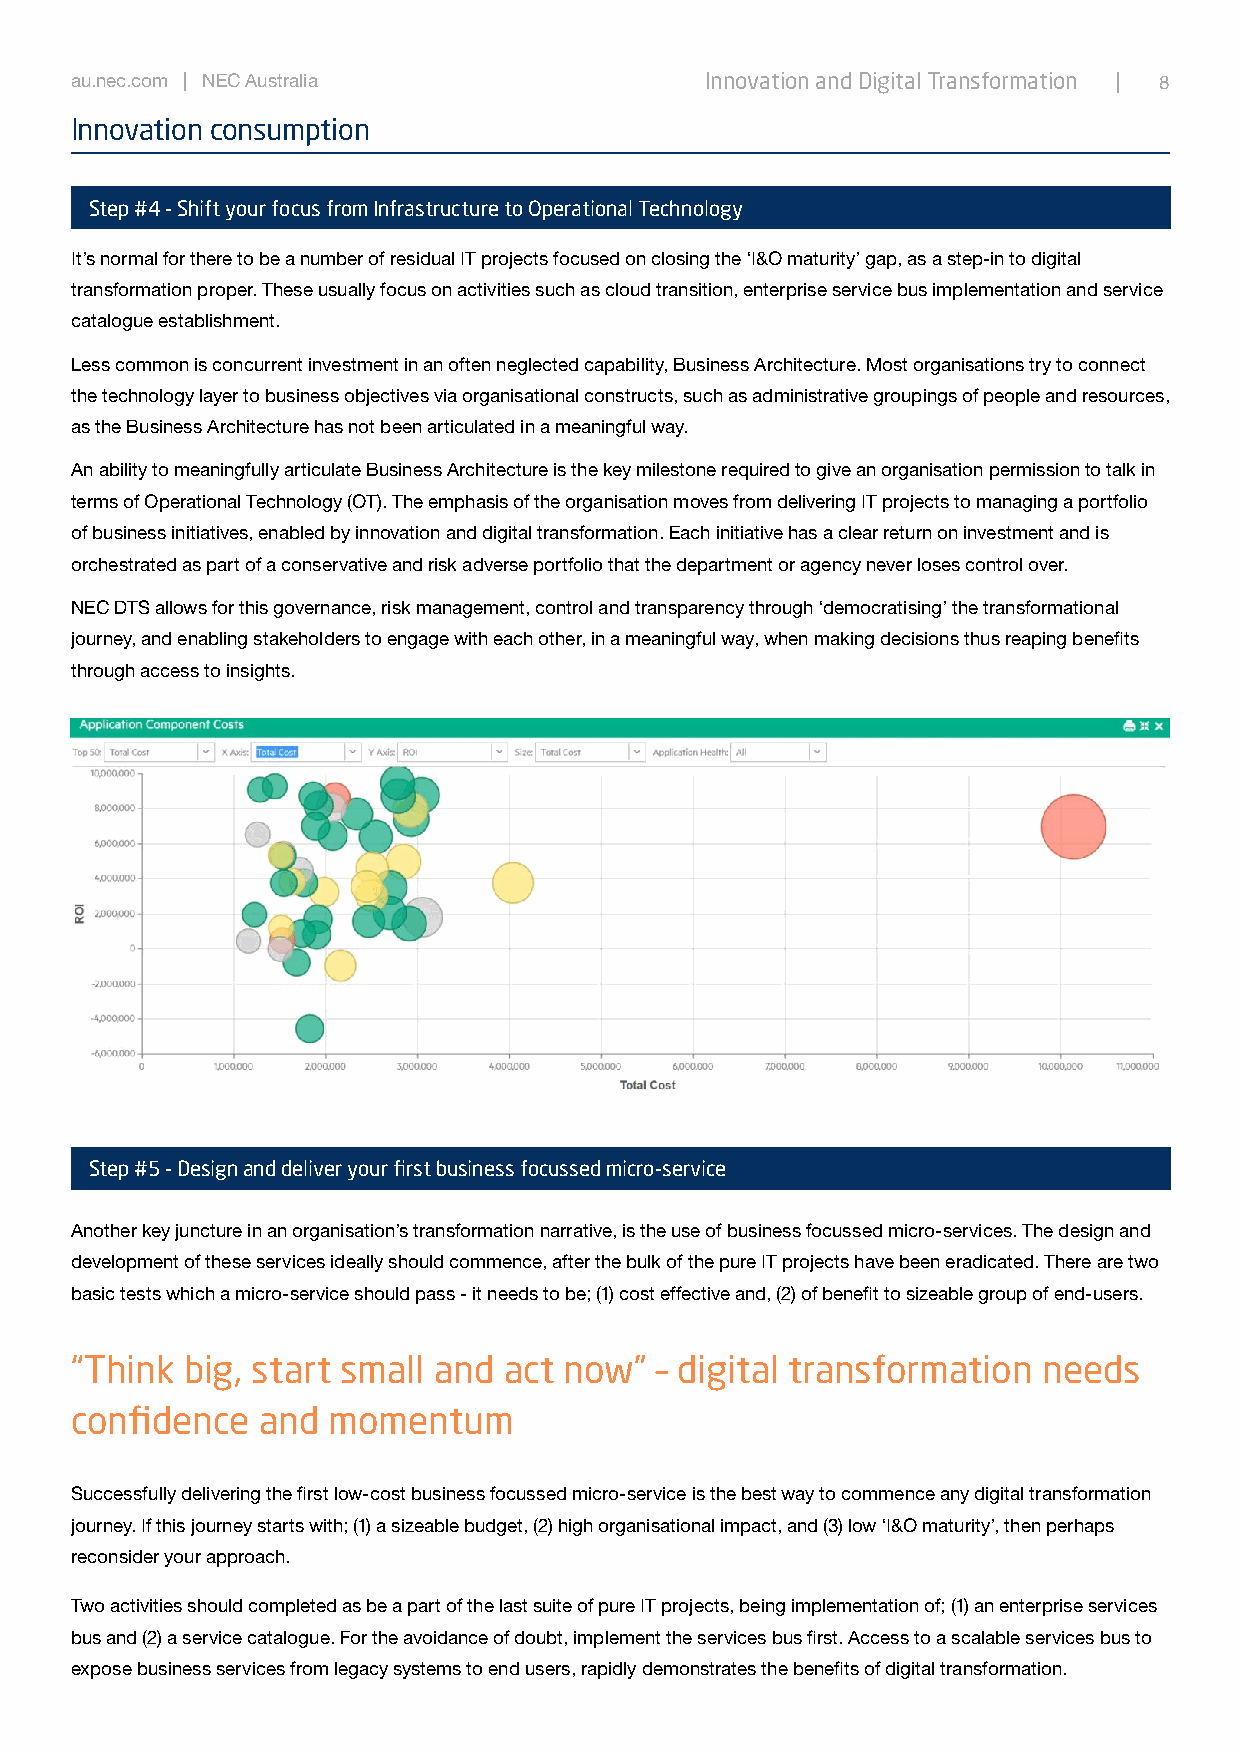
au.nec.com | NEC Australia                Innovation and Digital Transformation | 8
 Innovation consumption
 Step #4 - Shift your focus from Infrastructure to Operational Technology
 It’s normal for there to be a number of residual IT projects focused on closing the ‘I&O maturity’ gap, as a step-in to digital
 transformation proper. These usually focus on activities such as cloud transition, enterprise service bus implementation and service
 catalogue establishment.
 Less common is concurrent investment in an often neglected capability, Business Architecture. Most organisations try to connect
 the technology layer to business objectives via organisational constructs, such as administrative groupings of people and resources,
 as the Business Architecture has not been articulated in a meaningful way.
 An ability to meaningfully articulate Business Architecture is the key milestone required to give an organisation permission to talk in
 terms of Operational Technology (OT). The emphasis of the organisation moves from delivering IT projects to managing a portfolio
 of business initiatives, enabled by innovation and digital transformation. Each initiative has a clear return on investment and is
 orchestrated as part of a conservative and risk adverse portfolio that the department or agency never loses control over.
 NEC DTS allows for this governance, risk management, control and transparency through ‘democratising’ the transformational
 journey, and enabling stakeholders to engage with each other, in a meaningful way, when making decisions thus reaping benefits
 through access to insights.
 Step #5 - Design and deliver your first business focussed micro-service
 Another key juncture in an organisation’s transformation narrative, is the use of business focussed micro-services. The design and
 development of these services ideally should commence, after the bulk of the pure IT projects have been eradicated. There are two
 basic tests which a micro-service should pass - it needs to be; (1) cost effective and, (2) of benefit to sizeable group of end-users.
 “Think big, start small and act now”  – digital transformation  needs
 confidence  and  momentum
 Successfully delivering the first low-cost business focussed micro-service is the best way to commence any digital transformation
 journey. If this journey starts with; (1) a sizeable budget, (2) high organisational impact, and (3) low ‘I&O maturity’, then perhaps
 reconsider your approach.
 Two activities should completed as be a part of the last suite of pure IT projects, being implementation of; (1) an enterprise services
 bus and (2) a service catalogue. For the avoidance of doubt, implement the services bus first. Access to a scalable services bus to
 expose business services from legacy systems to end users, rapidly demonstrates the benefits of digital transformation.